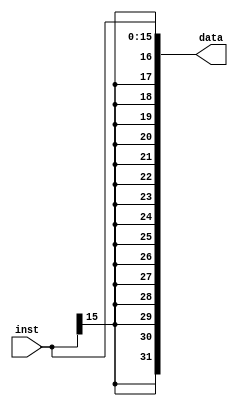
`timescale 1ns / 1ps
//////////////////////////////////////////////////////////////////////////////////
// Company: 
// Engineer: 
// 
// Design Name: 
// Module Name:    signext 
// Project Name: 
// Target Devices: 
// Tool versions: 
// Description: 
//
// Dependencies: 
//
// Revision: 
// Revision 0.01 - File Created
// Additional Comments: 
//
//////////////////////////////////////////////////////////////////////////////////
module signext(
    input [15:0] inst,
	 output [31:0] data
	 );
    
    assign data={{16{inst[15]}},inst};
endmodule